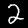
Label: 2